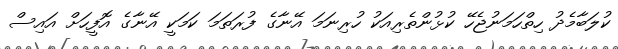
ކުލަބާމެދު ހިތްހަމަނުޖެހޭ ކުޅުންތެރިއަކު ހުރިނަމަ އޭނާގެ ފުރަަތަމަ ކަމަކީ އޭނާގެ އޮފީހަށް އައިސް